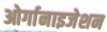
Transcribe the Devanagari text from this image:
ओर्गानाइजेशन